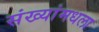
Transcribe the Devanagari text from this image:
संख्यांमधला